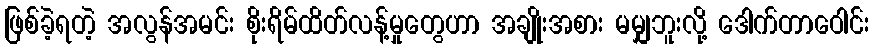
ဖြစ်ခဲ့ရတဲ့ အလွန်အမင်း စိုးရိမ်ထိတ်လန့်မှုတွေဟာ အချိုးအစား မမျှဘူးလို့ ဒေါက်တာဝေါင်း